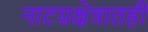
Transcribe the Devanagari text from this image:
नाटय़क्षेत्रातही